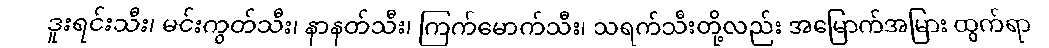
ဒူးရင်းသီး၊ မင်းကွတ်သီး၊ နာနတ်သီး၊ ကြက်မောက်သီး၊ သရက်သီးတို့လည်း အမြောက်အမြား ထွက်ရာ